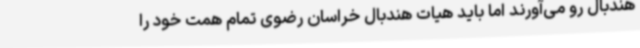
هندبال رو می‌آورند اما باید هیات هندبال خراسان رضوی تمام همت خود را